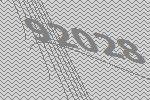
92028